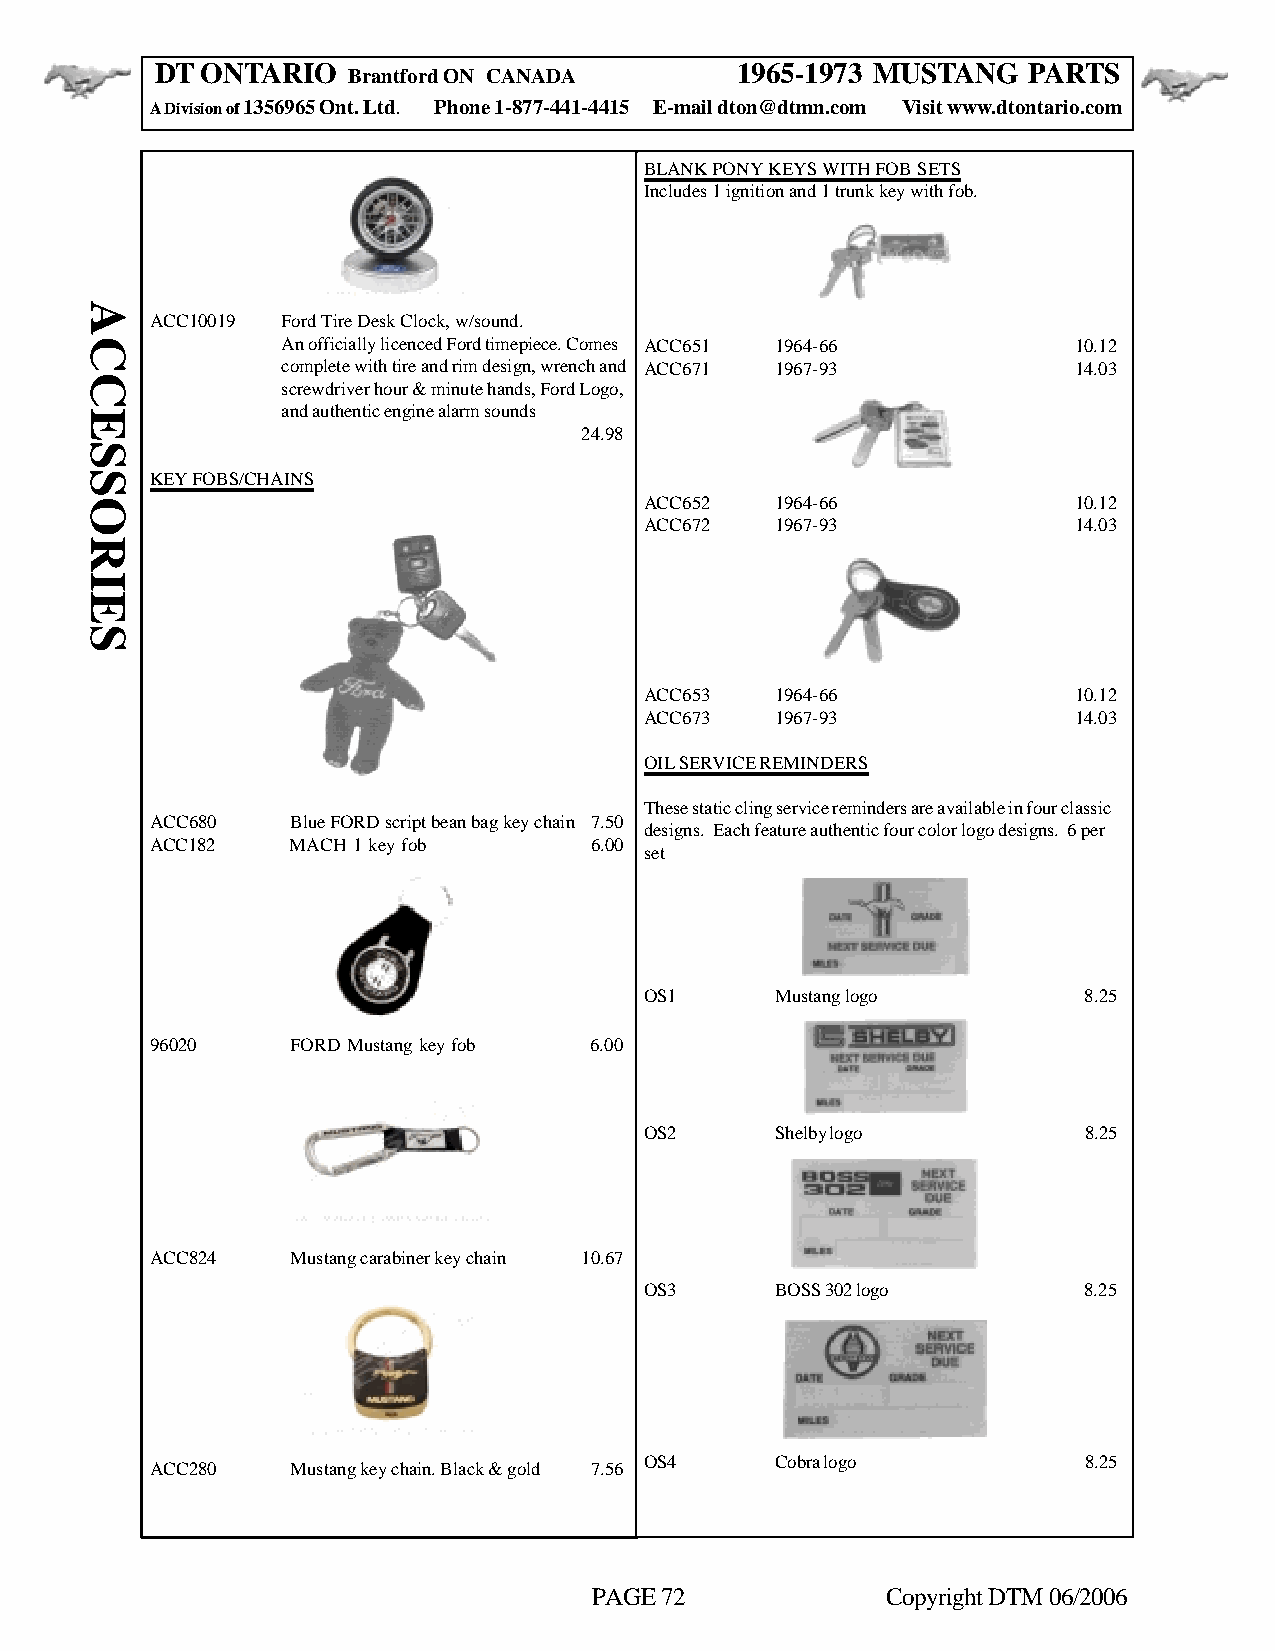
DT ONTARIO                             1965-1973 MUSTANG  PARTS
 Brantford ON CANADA
 A Division of 1356965 Ont. Ltd. Phone 1-877-441-4415 E-mail dton@dtmn.com Visit www.dtontario.com
 BLANK PONY KEYS WITH FOB SETS
 Includes 1 ignition and 1 trunk key with fob.
 ACC10019 Ford Tire Desk Clock, w/sound.
 An officially licenced Ford timepiece. Comes ACC651 1964-66 10.12
 complete with tire and rim design, wrench and ACC671 1967-93 14.03
 screwdriver hour & minute hands, Ford Logo,
 and authentic engine alarm sounds
 24.98
 KEY FOBS/CHAINS
 ACC652  1964-66             10.12
 ACC672  1967-93             14.03
 ACC653  1964-66             10.12
 ACC673  1967-93             14.03
 OIL SERVICE REMINDERS
 These static cling service reminders are available in four classic
 ACC680   Blue FORD script bean bag key chain 7.50
 designs. Each feature authentic four color logo designs. 6 per
 ACC182   MACH 1 key fob      6.00
 set
 OS1     Mustang logo         8.25
 96020    FORD Mustang key fob 6.00
 OS2     Shelby logo          8.25
 ACC824   Mustang carabiner key chain 10.67
 OS3     BOSS 302 logo        8.25
 OS4     Cobra logo           8.25
 ACC280   Mustang key chain. Black & gold 7.56
 PAGE 72             Copyright DTM 06/2006
 ACCESSORIES